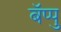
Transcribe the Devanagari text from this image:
बॅप्पु